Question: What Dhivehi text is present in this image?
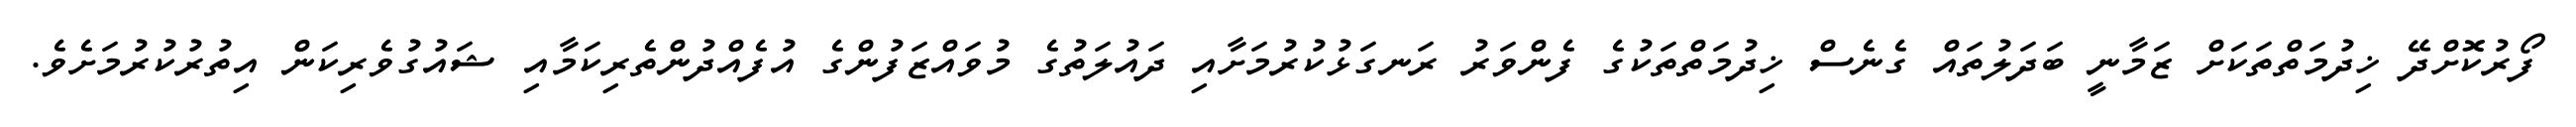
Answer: ފޯރުކޮށްދޭ ޚިދުމަތްތަކަށް ޒަމާނީ ބަދަލުތައް ގެނެސް ޚިދުމަތްތަކުގެ ފެންވަރު ރަނގަޅުކުރުމަށާއި ދައުލަތުގެ މުވައްޒަފުންގެ އުފެއްދުންތެރިކަމާއި ޝައުގުވެރިކަން އިތުރުކުރުމަށެވެ.